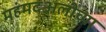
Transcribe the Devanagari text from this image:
महंमदअलीच्या